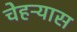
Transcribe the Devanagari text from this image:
चेहऱ्यास